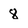
Character: 8